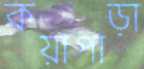
কয়াপাড়া